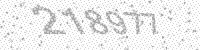
Solution: 218977